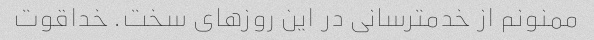
ممنونم از خدمترسانی در این روزهای سخت. خداقوت